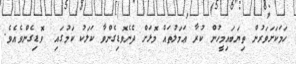
ހަމަކަށަވަރުން ތިޔަބައިމީހުން ކުރާ ޢަމަލުތައް މޮޅަށް ދެނެވޮޑިގެންވާ ކަލަކު ކަމުގައި  ވޮޑިގެންވެއެވެ.